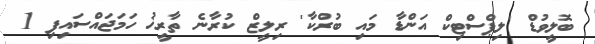
ބޮލީވުޑް 'ލިޕްސްޓިކް އަންޑާ މައި ބުރްކާ' ރިލީޒް ކުރާނެ ތާރީޚު ހަމަޖައްސައިފި 1